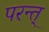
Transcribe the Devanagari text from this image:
परन्त्